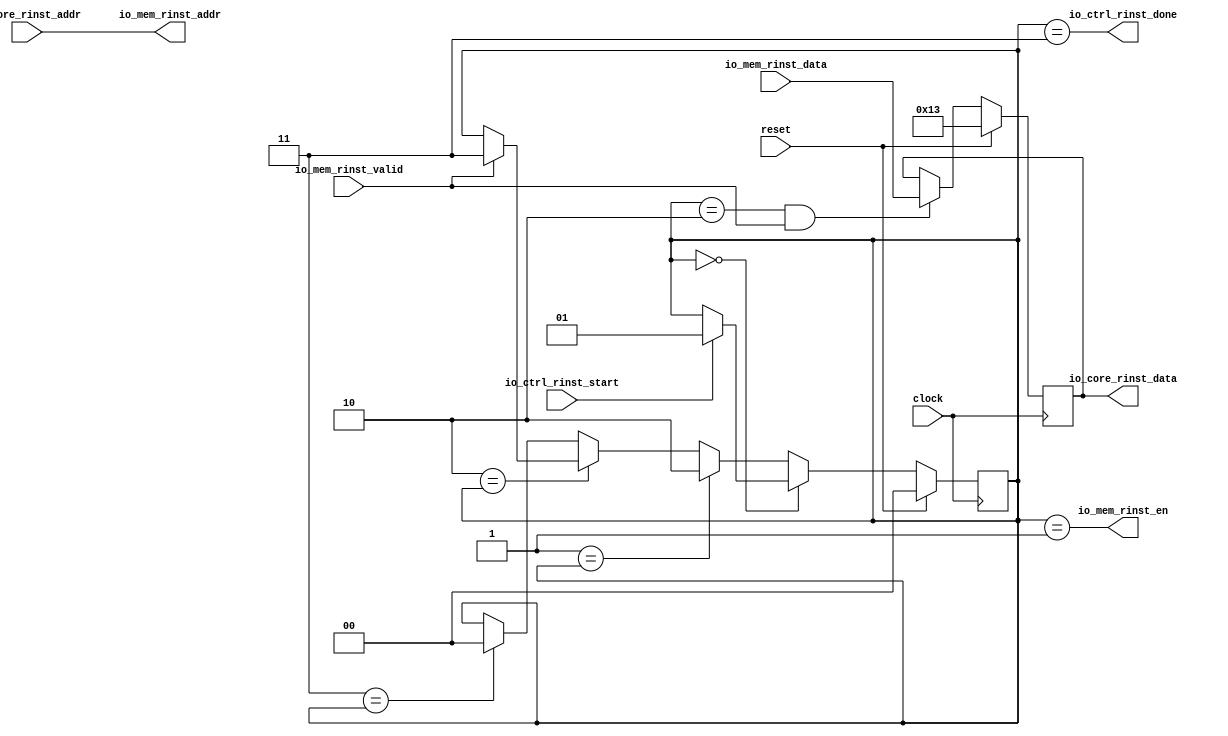
module InstRead(
  input         clock,
  input         reset,
  input         io_ctrl_rinst_start,
  output        io_ctrl_rinst_done,
  input  [31:0] io_core_rinst_addr,
  output [31:0] io_core_rinst_data,
  output        io_mem_rinst_en,
  output [31:0] io_mem_rinst_addr,
  input         io_mem_rinst_valid,
  input  [31:0] io_mem_rinst_data
);
`ifdef RANDOMIZE_REG_INIT
  reg [31:0] _RAND_0;
  reg [31:0] _RAND_1;
`endif // RANDOMIZE_REG_INIT
  reg [1:0] reg_state; // @[InstRead.scala 25:26]
  reg [31:0] reg_inst; // @[InstRead.scala 26:26]
  wire [1:0] _GEN_1 = io_mem_rinst_valid ? 2'h3 : reg_state; // @[InstRead.scala 25:26 40:{32,43}]
  wire [1:0] _GEN_2 = 2'h3 == reg_state ? 2'h0 : reg_state; // @[InstRead.scala 29:3 44:17 25:26]
  wire  _T_5 = reg_state == 2'h2 & io_mem_rinst_valid; // @[InstRead.scala 48:29]
  assign io_ctrl_rinst_done = reg_state == 2'h3; // @[InstRead.scala 55:36]
  assign io_core_rinst_data = reg_inst; // @[InstRead.scala 62:22]
  assign io_mem_rinst_en = reg_state == 2'h1; // @[InstRead.scala 58:36]
  assign io_mem_rinst_addr = io_core_rinst_addr; // @[InstRead.scala 59:22]
  always @(posedge clock) begin
    if (reset) begin // @[InstRead.scala 25:26]
      reg_state <= 2'h0; // @[InstRead.scala 25:26]
    end else if (2'h0 == reg_state) begin // @[InstRead.scala 29:3]
      if (io_ctrl_rinst_start) begin // @[InstRead.scala 32:33]
        reg_state <= 2'h1; // @[InstRead.scala 32:44]
      end
    end else if (2'h1 == reg_state) begin // @[InstRead.scala 29:3]
      reg_state <= 2'h2; // @[InstRead.scala 36:17]
    end else if (2'h2 == reg_state) begin // @[InstRead.scala 29:3]
      reg_state <= _GEN_1;
    end else begin
      reg_state <= _GEN_2;
    end
    if (reset) begin // @[InstRead.scala 26:26]
      reg_inst <= 32'h13; // @[InstRead.scala 26:26]
    end else if (_T_5) begin // @[InstRead.scala 49:3]
      reg_inst <= io_mem_rinst_data; // @[InstRead.scala 50:14]
    end
  end
// Register and memory initialization
`ifdef RANDOMIZE_GARBAGE_ASSIGN
`define RANDOMIZE
`endif
`ifdef RANDOMIZE_INVALID_ASSIGN
`define RANDOMIZE
`endif
`ifdef RANDOMIZE_REG_INIT
`define RANDOMIZE
`endif
`ifdef RANDOMIZE_MEM_INIT
`define RANDOMIZE
`endif
`ifndef RANDOM
`define RANDOM $random
`endif
`ifdef RANDOMIZE_MEM_INIT
  integer initvar;
`endif
`ifndef SYNTHESIS
`ifdef FIRRTL_BEFORE_INITIAL
`FIRRTL_BEFORE_INITIAL
`endif
initial begin
  `ifdef RANDOMIZE
    `ifdef INIT_RANDOM
      `INIT_RANDOM
    `endif
    `ifndef VERILATOR
      `ifdef RANDOMIZE_DELAY
        #`RANDOMIZE_DELAY begin end
      `else
        #0.002 begin end
      `endif
    `endif
`ifdef RANDOMIZE_REG_INIT
  _RAND_0 = {1{`RANDOM}};
  reg_state = _RAND_0[1:0];
  _RAND_1 = {1{`RANDOM}};
  reg_inst = _RAND_1[31:0];
`endif // RANDOMIZE_REG_INIT
  `endif // RANDOMIZE
end // initial
`ifdef FIRRTL_AFTER_INITIAL
`FIRRTL_AFTER_INITIAL
`endif
`endif // SYNTHESIS
endmodule
module DataRead(
  input         clock,
  input         reset,
  input         io_ctrl_rmem_start,
  output        io_ctrl_rmem_done,
  input  [31:0] io_core_rmem_addr,
  input  [2:0]  io_core_rmem_sel,
  output [63:0] io_core_rmem_data,
  output        io_mem_rmem_en,
  output [31:0] io_mem_rmem_addr,
  output [1:0]  io_mem_rmem_size,
  input         io_mem_rmem_valid,
  input  [63:0] io_mem_rmem_data
);
`ifdef RANDOMIZE_REG_INIT
  reg [31:0] _RAND_0;
  reg [63:0] _RAND_1;
`endif // RANDOMIZE_REG_INIT
  reg [1:0] reg_state; // @[DataRead.scala 26:26]
  reg [63:0] reg_data; // @[DataRead.scala 27:26]
  wire [1:0] _GEN_1 = io_mem_rmem_valid ? 2'h3 : reg_state; // @[DataRead.scala 26:26 41:{31,42}]
  wire [1:0] _GEN_2 = 2'h3 == reg_state ? 2'h0 : reg_state; // @[DataRead.scala 30:3 45:17 26:26]
  wire  _T_5 = reg_state == 2'h2 & io_mem_rmem_valid; // @[DataRead.scala 49:29]
  wire  _io_mem_rmem_size_T = io_core_rmem_sel == 3'h0; // @[DataRead.scala 63:43]
  wire  _io_mem_rmem_size_T_1 = io_core_rmem_sel == 3'h4; // @[DataRead.scala 63:75]
  wire  _io_mem_rmem_size_T_2 = io_core_rmem_sel == 3'h0 | io_core_rmem_sel == 3'h4; // @[DataRead.scala 63:55]
  wire  _io_mem_rmem_size_T_3 = io_core_rmem_sel == 3'h1; // @[DataRead.scala 64:43]
  wire  _io_mem_rmem_size_T_4 = io_core_rmem_sel == 3'h5; // @[DataRead.scala 64:75]
  wire  _io_mem_rmem_size_T_5 = io_core_rmem_sel == 3'h1 | io_core_rmem_sel == 3'h5; // @[DataRead.scala 64:55]
  wire  _io_mem_rmem_size_T_6 = io_core_rmem_sel == 3'h2; // @[DataRead.scala 65:43]
  wire  _io_mem_rmem_size_T_7 = io_core_rmem_sel == 3'h6; // @[DataRead.scala 65:75]
  wire  _io_mem_rmem_size_T_8 = io_core_rmem_sel == 3'h2 | io_core_rmem_sel == 3'h6; // @[DataRead.scala 65:55]
  wire  _io_mem_rmem_size_T_9 = io_core_rmem_sel == 3'h3; // @[DataRead.scala 66:43]
  wire [1:0] _io_mem_rmem_size_T_10 = _io_mem_rmem_size_T_9 ? 2'h3 : 2'h0; // @[Mux.scala 101:16]
  wire [1:0] _io_mem_rmem_size_T_11 = _io_mem_rmem_size_T_8 ? 2'h2 : _io_mem_rmem_size_T_10; // @[Mux.scala 101:16]
  wire [1:0] _io_mem_rmem_size_T_12 = _io_mem_rmem_size_T_5 ? 2'h1 : _io_mem_rmem_size_T_11; // @[Mux.scala 101:16]
  wire [55:0] _io_core_rmem_data_T_3 = reg_data[7] ? 56'hffffffffffffff : 56'h0; // @[Bitwise.scala 74:12]
  wire [63:0] _io_core_rmem_data_T_5 = {_io_core_rmem_data_T_3,reg_data[7:0]}; // @[Cat.scala 31:58]
  wire [47:0] _io_core_rmem_data_T_9 = reg_data[15] ? 48'hffffffffffff : 48'h0; // @[Bitwise.scala 74:12]
  wire [63:0] _io_core_rmem_data_T_11 = {_io_core_rmem_data_T_9,reg_data[15:0]}; // @[Cat.scala 31:58]
  wire [31:0] _io_core_rmem_data_T_15 = reg_data[31] ? 32'hffffffff : 32'h0; // @[Bitwise.scala 74:12]
  wire [63:0] _io_core_rmem_data_T_17 = {_io_core_rmem_data_T_15,reg_data[31:0]}; // @[Cat.scala 31:58]
  wire [63:0] _io_core_rmem_data_T_22 = {56'h0,reg_data[7:0]}; // @[Cat.scala 31:58]
  wire [63:0] _io_core_rmem_data_T_26 = {48'h0,reg_data[15:0]}; // @[Cat.scala 31:58]
  wire [63:0] _io_core_rmem_data_T_30 = {32'h0,reg_data[31:0]}; // @[Cat.scala 31:58]
  wire [63:0] _io_core_rmem_data_T_31 = _io_mem_rmem_size_T_7 ? _io_core_rmem_data_T_30 : 64'h0; // @[Mux.scala 101:16]
  wire [63:0] _io_core_rmem_data_T_32 = _io_mem_rmem_size_T_4 ? _io_core_rmem_data_T_26 : _io_core_rmem_data_T_31; // @[Mux.scala 101:16]
  wire [63:0] _io_core_rmem_data_T_33 = _io_mem_rmem_size_T_1 ? _io_core_rmem_data_T_22 : _io_core_rmem_data_T_32; // @[Mux.scala 101:16]
  wire [63:0] _io_core_rmem_data_T_34 = _io_mem_rmem_size_T_9 ? reg_data : _io_core_rmem_data_T_33; // @[Mux.scala 101:16]
  wire [63:0] _io_core_rmem_data_T_35 = _io_mem_rmem_size_T_6 ? _io_core_rmem_data_T_17 : _io_core_rmem_data_T_34; // @[Mux.scala 101:16]
  wire [63:0] _io_core_rmem_data_T_36 = _io_mem_rmem_size_T_3 ? _io_core_rmem_data_T_11 : _io_core_rmem_data_T_35; // @[Mux.scala 101:16]
  assign io_ctrl_rmem_done = reg_state == 2'h3; // @[DataRead.scala 56:35]
  assign io_core_rmem_data = _io_mem_rmem_size_T ? _io_core_rmem_data_T_5 : _io_core_rmem_data_T_36; // @[Mux.scala 101:16]
  assign io_mem_rmem_en = reg_state == 2'h1; // @[DataRead.scala 59:32]
  assign io_mem_rmem_addr = io_core_rmem_addr; // @[DataRead.scala 60:20]
  assign io_mem_rmem_size = _io_mem_rmem_size_T_2 ? 2'h0 : _io_mem_rmem_size_T_12; // @[Mux.scala 101:16]
  always @(posedge clock) begin
    if (reset) begin // @[DataRead.scala 26:26]
      reg_state <= 2'h0; // @[DataRead.scala 26:26]
    end else if (2'h0 == reg_state) begin // @[DataRead.scala 30:3]
      if (io_ctrl_rmem_start) begin // @[DataRead.scala 33:32]
        reg_state <= 2'h1; // @[DataRead.scala 33:43]
      end
    end else if (2'h1 == reg_state) begin // @[DataRead.scala 30:3]
      reg_state <= 2'h2; // @[DataRead.scala 37:17]
    end else if (2'h2 == reg_state) begin // @[DataRead.scala 30:3]
      reg_state <= _GEN_1;
    end else begin
      reg_state <= _GEN_2;
    end
    if (reset) begin // @[DataRead.scala 27:26]
      reg_data <= 64'h0; // @[DataRead.scala 27:26]
    end else if (_T_5) begin // @[DataRead.scala 50:3]
      reg_data <= io_mem_rmem_data; // @[DataRead.scala 51:14]
    end
  end
// Register and memory initialization
`ifdef RANDOMIZE_GARBAGE_ASSIGN
`define RANDOMIZE
`endif
`ifdef RANDOMIZE_INVALID_ASSIGN
`define RANDOMIZE
`endif
`ifdef RANDOMIZE_REG_INIT
`define RANDOMIZE
`endif
`ifdef RANDOMIZE_MEM_INIT
`define RANDOMIZE
`endif
`ifndef RANDOM
`define RANDOM $random
`endif
`ifdef RANDOMIZE_MEM_INIT
  integer initvar;
`endif
`ifndef SYNTHESIS
`ifdef FIRRTL_BEFORE_INITIAL
`FIRRTL_BEFORE_INITIAL
`endif
initial begin
  `ifdef RANDOMIZE
    `ifdef INIT_RANDOM
      `INIT_RANDOM
    `endif
    `ifndef VERILATOR
      `ifdef RANDOMIZE_DELAY
        #`RANDOMIZE_DELAY begin end
      `else
        #0.002 begin end
      `endif
    `endif
`ifdef RANDOMIZE_REG_INIT
  _RAND_0 = {1{`RANDOM}};
  reg_state = _RAND_0[1:0];
  _RAND_1 = {2{`RANDOM}};
  reg_data = _RAND_1[63:0];
`endif // RANDOMIZE_REG_INIT
  `endif // RANDOMIZE
end // initial
`ifdef FIRRTL_AFTER_INITIAL
`FIRRTL_AFTER_INITIAL
`endif
`endif // SYNTHESIS
endmodule
module DataWrite(
  input         clock,
  input         reset,
  input         io_ctrl_wmem_start,
  output        io_ctrl_wmem_done,
  input  [31:0] io_core_wmem_addr,
  input  [1:0]  io_core_wmem_sel,
  input  [63:0] io_core_wmem_data,
  output        io_mem_wmem_en,
  output [31:0] io_mem_wmem_addr,
  output [1:0]  io_mem_wmem_size,
  output [63:0] io_mem_wmem_data,
  input         io_mem_wmem_valid
);
`ifdef RANDOMIZE_REG_INIT
  reg [31:0] _RAND_0;
`endif // RANDOMIZE_REG_INIT
  reg [1:0] reg_state; // @[DataWrite.scala 28:26]
  wire [1:0] _GEN_1 = io_mem_wmem_valid ? 2'h3 : reg_state; // @[DataWrite.scala 28:26 42:{31,42}]
  wire [1:0] _GEN_2 = 2'h3 == reg_state ? 2'h0 : reg_state; // @[DataWrite.scala 31:3 46:17 28:26]
  wire  _io_mem_wmem_size_T = io_core_wmem_sel == 2'h0; // @[DataWrite.scala 59:43]
  wire  _io_mem_wmem_size_T_1 = io_core_wmem_sel == 2'h1; // @[DataWrite.scala 60:43]
  wire  _io_mem_wmem_size_T_2 = io_core_wmem_sel == 2'h2; // @[DataWrite.scala 61:43]
  wire  _io_mem_wmem_size_T_3 = io_core_wmem_sel == 2'h3; // @[DataWrite.scala 62:43]
  wire [1:0] _io_mem_wmem_size_T_4 = _io_mem_wmem_size_T_3 ? 2'h3 : 2'h0; // @[Mux.scala 101:16]
  wire [1:0] _io_mem_wmem_size_T_5 = _io_mem_wmem_size_T_2 ? 2'h2 : _io_mem_wmem_size_T_4; // @[Mux.scala 101:16]
  wire [1:0] _io_mem_wmem_size_T_6 = _io_mem_wmem_size_T_1 ? 2'h1 : _io_mem_wmem_size_T_5; // @[Mux.scala 101:16]
  assign io_ctrl_wmem_done = reg_state == 2'h3; // @[DataWrite.scala 52:35]
  assign io_mem_wmem_en = reg_state == 2'h1; // @[DataWrite.scala 55:32]
  assign io_mem_wmem_addr = io_core_wmem_addr; // @[DataWrite.scala 56:20]
  assign io_mem_wmem_size = _io_mem_wmem_size_T ? 2'h0 : _io_mem_wmem_size_T_6; // @[Mux.scala 101:16]
  assign io_mem_wmem_data = io_core_wmem_data; // @[DataWrite.scala 64:20]
  always @(posedge clock) begin
    if (reset) begin // @[DataWrite.scala 28:26]
      reg_state <= 2'h0; // @[DataWrite.scala 28:26]
    end else if (2'h0 == reg_state) begin // @[DataWrite.scala 31:3]
      if (io_ctrl_wmem_start) begin // @[DataWrite.scala 34:32]
        reg_state <= 2'h1; // @[DataWrite.scala 34:43]
      end
    end else if (2'h1 == reg_state) begin // @[DataWrite.scala 31:3]
      reg_state <= 2'h2; // @[DataWrite.scala 38:17]
    end else if (2'h2 == reg_state) begin // @[DataWrite.scala 31:3]
      reg_state <= _GEN_1;
    end else begin
      reg_state <= _GEN_2;
    end
  end
// Register and memory initialization
`ifdef RANDOMIZE_GARBAGE_ASSIGN
`define RANDOMIZE
`endif
`ifdef RANDOMIZE_INVALID_ASSIGN
`define RANDOMIZE
`endif
`ifdef RANDOMIZE_REG_INIT
`define RANDOMIZE
`endif
`ifdef RANDOMIZE_MEM_INIT
`define RANDOMIZE
`endif
`ifndef RANDOM
`define RANDOM $random
`endif
`ifdef RANDOMIZE_MEM_INIT
  integer initvar;
`endif
`ifndef SYNTHESIS
`ifdef FIRRTL_BEFORE_INITIAL
`FIRRTL_BEFORE_INITIAL
`endif
initial begin
  `ifdef RANDOMIZE
    `ifdef INIT_RANDOM
      `INIT_RANDOM
    `endif
    `ifndef VERILATOR
      `ifdef RANDOMIZE_DELAY
        #`RANDOMIZE_DELAY begin end
      `else
        #0.002 begin end
      `endif
    `endif
`ifdef RANDOMIZE_REG_INIT
  _RAND_0 = {1{`RANDOM}};
  reg_state = _RAND_0[1:0];
`endif // RANDOMIZE_REG_INIT
  `endif // RANDOMIZE
end // initial
`ifdef FIRRTL_AFTER_INITIAL
`FIRRTL_AFTER_INITIAL
`endif
`endif // SYNTHESIS
endmodule
module Check(
  output [4:0] io_ctrl_flush,
  output [4:0] io_ctrl_hold,
  input  [4:0] io_dec_rs1,
  input  [4:0] io_dec_rs2,
  input        io_dec_rs1_en,
  input        io_dec_rs2_en,
  input        io_exe_wreg_en,
  input  [4:0] io_exe_rd,
  input        io_mem_wreg_en,
  input  [4:0] io_mem_rd,
  input        io_mem_rmem_en,
  input        io_jmp_en
);
  wire  _io_ctrl_flush_T_1 = io_exe_rd != 5'h0; // @[Check.scala 28:68]
  wire  _io_ctrl_flush_T_4 = io_exe_wreg_en & io_dec_rs1_en & io_exe_rd != 5'h0 & io_exe_rd == io_dec_rs1; // @[Check.scala 28:76]
  wire  _io_ctrl_flush_T_9 = io_exe_wreg_en & io_dec_rs2_en & _io_ctrl_flush_T_1 & io_exe_rd == io_dec_rs2; // @[Check.scala 29:76]
  wire  _io_ctrl_flush_T_10 = io_mem_wreg_en & io_mem_rmem_en; // @[Check.scala 30:37]
  wire  _io_ctrl_flush_T_12 = io_mem_rd != 5'h0; // @[Check.scala 30:85]
  wire  _io_ctrl_flush_T_15 = io_mem_wreg_en & io_mem_rmem_en & io_dec_rs1_en & io_mem_rd != 5'h0 & io_mem_rd ==
    io_dec_rs1; // @[Check.scala 30:93]
  wire  _io_ctrl_flush_T_21 = _io_ctrl_flush_T_10 & io_dec_rs2_en & _io_ctrl_flush_T_12 & io_mem_rd == io_dec_rs2; // @[Check.scala 31:93]
  wire [3:0] _io_ctrl_flush_T_22 = io_jmp_en ? 4'h8 : 4'h0; // @[Mux.scala 101:16]
  wire [3:0] _io_ctrl_flush_T_23 = _io_ctrl_flush_T_21 ? 4'h4 : _io_ctrl_flush_T_22; // @[Mux.scala 101:16]
  wire [3:0] _io_ctrl_flush_T_24 = _io_ctrl_flush_T_15 ? 4'h4 : _io_ctrl_flush_T_23; // @[Mux.scala 101:16]
  wire [3:0] _io_ctrl_flush_T_25 = _io_ctrl_flush_T_9 ? 4'h4 : _io_ctrl_flush_T_24; // @[Mux.scala 101:16]
  wire [3:0] _io_ctrl_flush_T_26 = _io_ctrl_flush_T_4 ? 4'h4 : _io_ctrl_flush_T_25; // @[Mux.scala 101:16]
  wire [4:0] _io_ctrl_hold_T_22 = _io_ctrl_flush_T_21 ? 5'h18 : 5'h0; // @[Mux.scala 101:16]
  wire [4:0] _io_ctrl_hold_T_23 = _io_ctrl_flush_T_15 ? 5'h18 : _io_ctrl_hold_T_22; // @[Mux.scala 101:16]
  wire [4:0] _io_ctrl_hold_T_24 = _io_ctrl_flush_T_9 ? 5'h18 : _io_ctrl_hold_T_23; // @[Mux.scala 101:16]
  assign io_ctrl_flush = {{1'd0}, _io_ctrl_flush_T_26}; // @[Check.scala 26:17]
  assign io_ctrl_hold = _io_ctrl_flush_T_4 ? 5'h18 : _io_ctrl_hold_T_24; // @[Mux.scala 101:16]
endmodule



module coreCtrl(
  input         clock,
  input         reset,
  input  [31:0] io_Core_inst_addr,
  output [31:0] io_Core_inst,
  input         io_Core_rmem_en,
  input  [2:0]  io_Core_rmem_sel,
  input  [31:0] io_Core_rmem_addr,
  output [63:0] io_Core_rmem_data,
  input         io_Core_wmem_en,
  input  [1:0]  io_Core_wmem_sel,
  input  [31:0] io_Core_wmem_addr,
  input  [63:0] io_Core_wmem_data,
  output [4:0]  io_Core_ctrl_flush,
  output [4:0]  io_Core_ctrl_hold,
  input  [4:0]  io_Core_dec_rs1,
  input  [4:0]  io_Core_dec_rs2,
  input         io_Core_dec_rs1_en,
  input         io_Core_dec_rs2_en,
  input         io_Core_exe_wreg_en,
  input  [4:0]  io_Core_exe_rd,
  input         io_Core_mem_wreg_en,
  input  [4:0]  io_Core_mem_rd,
  input         io_Core_jmp_en,
  output        io_Mem_mem_rinst_en,
  output [31:0] io_Mem_mem_rinst_addr,
  input         io_Mem_mem_rinst_valid,
  input  [31:0] io_Mem_mem_rinst_data,
  output        io_Mem_mem_rmem_en,
  output [31:0] io_Mem_mem_rmem_addr,
  output [1:0]  io_Mem_mem_rmem_size,
  input         io_Mem_mem_rmem_valid,
  input  [63:0] io_Mem_mem_rmem_data,
  output        io_Mem_mem_wmem_en,
  output [31:0] io_Mem_mem_wmem_addr,
  output [1:0]  io_Mem_mem_wmem_size,
  output [63:0] io_Mem_mem_wmem_data,
  input         io_Mem_mem_wmem_valid
);
`ifdef RANDOMIZE_REG_INIT
  reg [31:0] _RAND_0;
`endif // RANDOMIZE_REG_INIT
  wire  RInst_clock; // @[coreCtrl.scala 43:21]
  wire  RInst_reset; // @[coreCtrl.scala 43:21]
  wire  RInst_io_ctrl_rinst_start; // @[coreCtrl.scala 43:21]
  wire  RInst_io_ctrl_rinst_done; // @[coreCtrl.scala 43:21]
  wire [31:0] RInst_io_core_rinst_addr; // @[coreCtrl.scala 43:21]
  wire [31:0] RInst_io_core_rinst_data; // @[coreCtrl.scala 43:21]
  wire  RInst_io_mem_rinst_en; // @[coreCtrl.scala 43:21]
  wire [31:0] RInst_io_mem_rinst_addr; // @[coreCtrl.scala 43:21]
  wire  RInst_io_mem_rinst_valid; // @[coreCtrl.scala 43:21]
  wire [31:0] RInst_io_mem_rinst_data; // @[coreCtrl.scala 43:21]
  wire  RMem_clock; // @[coreCtrl.scala 44:21]
  wire  RMem_reset; // @[coreCtrl.scala 44:21]
  wire  RMem_io_ctrl_rmem_start; // @[coreCtrl.scala 44:21]
  wire  RMem_io_ctrl_rmem_done; // @[coreCtrl.scala 44:21]
  wire [31:0] RMem_io_core_rmem_addr; // @[coreCtrl.scala 44:21]
  wire [2:0] RMem_io_core_rmem_sel; // @[coreCtrl.scala 44:21]
  wire [63:0] RMem_io_core_rmem_data; // @[coreCtrl.scala 44:21]
  wire  RMem_io_mem_rmem_en; // @[coreCtrl.scala 44:21]
  wire [31:0] RMem_io_mem_rmem_addr; // @[coreCtrl.scala 44:21]
  wire [1:0] RMem_io_mem_rmem_size; // @[coreCtrl.scala 44:21]
  wire  RMem_io_mem_rmem_valid; // @[coreCtrl.scala 44:21]
  wire [63:0] RMem_io_mem_rmem_data; // @[coreCtrl.scala 44:21]
  wire  WMem_clock; // @[coreCtrl.scala 45:21]
  wire  WMem_reset; // @[coreCtrl.scala 45:21]
  wire  WMem_io_ctrl_wmem_start; // @[coreCtrl.scala 45:21]
  wire  WMem_io_ctrl_wmem_done; // @[coreCtrl.scala 45:21]
  wire [31:0] WMem_io_core_wmem_addr; // @[coreCtrl.scala 45:21]
  wire [1:0] WMem_io_core_wmem_sel; // @[coreCtrl.scala 45:21]
  wire [63:0] WMem_io_core_wmem_data; // @[coreCtrl.scala 45:21]
  wire  WMem_io_mem_wmem_en; // @[coreCtrl.scala 45:21]
  wire [31:0] WMem_io_mem_wmem_addr; // @[coreCtrl.scala 45:21]
  wire [1:0] WMem_io_mem_wmem_size; // @[coreCtrl.scala 45:21]
  wire [63:0] WMem_io_mem_wmem_data; // @[coreCtrl.scala 45:21]
  wire  WMem_io_mem_wmem_valid; // @[coreCtrl.scala 45:21]
  wire [4:0] Check_io_ctrl_flush; // @[coreCtrl.scala 46:21]
  wire [4:0] Check_io_ctrl_hold; // @[coreCtrl.scala 46:21]
  wire [4:0] Check_io_dec_rs1; // @[coreCtrl.scala 46:21]
  wire [4:0] Check_io_dec_rs2; // @[coreCtrl.scala 46:21]
  wire  Check_io_dec_rs1_en; // @[coreCtrl.scala 46:21]
  wire  Check_io_dec_rs2_en; // @[coreCtrl.scala 46:21]
  wire  Check_io_exe_wreg_en; // @[coreCtrl.scala 46:21]
  wire [4:0] Check_io_exe_rd; // @[coreCtrl.scala 46:21]
  wire  Check_io_mem_wreg_en; // @[coreCtrl.scala 46:21]
  wire [4:0] Check_io_mem_rd; // @[coreCtrl.scala 46:21]
  wire  Check_io_mem_rmem_en; // @[coreCtrl.scala 46:21]
  wire  Check_io_jmp_en; // @[coreCtrl.scala 46:21]
  reg [2:0] reg_state; // @[coreCtrl.scala 48:26]
  wire [2:0] _reg_state_T = io_Core_wmem_en ? 3'h5 : 3'h7; // @[Mux.scala 101:16]
  wire [2:0] _reg_state_T_1 = io_Core_rmem_en ? 3'h3 : _reg_state_T; // @[Mux.scala 101:16]
  wire [2:0] _GEN_0 = RInst_io_ctrl_rinst_done ? _reg_state_T_1 : reg_state; // @[coreCtrl.scala 63:7 64:19 48:26]
  wire [2:0] _GEN_1 = RMem_io_ctrl_rmem_done ? 3'h7 : reg_state; // @[coreCtrl.scala 48:26 78:{36,47}]
  wire [2:0] _GEN_2 = WMem_io_ctrl_wmem_done ? 3'h7 : reg_state; // @[coreCtrl.scala 48:26 87:{36,47}]
  wire [2:0] _GEN_3 = 3'h7 == reg_state ? 3'h1 : reg_state; // @[coreCtrl.scala 50:3 92:17 48:26]
  wire [2:0] _GEN_4 = 3'h6 == reg_state ? _GEN_2 : _GEN_3; // @[coreCtrl.scala 50:3]
  wire [2:0] _GEN_5 = 3'h5 == reg_state ? 3'h6 : _GEN_4; // @[coreCtrl.scala 50:3 83:17]
  wire [2:0] _GEN_6 = 3'h4 == reg_state ? _GEN_1 : _GEN_5; // @[coreCtrl.scala 50:3]
  wire [2:0] _GEN_7 = 3'h3 == reg_state ? 3'h4 : _GEN_6; // @[coreCtrl.scala 50:3 74:17]
  wire  _io_Core_ctrl_flush_T = reg_state == 3'h7; // @[coreCtrl.scala 130:44]
  InstRead RInst ( // @[coreCtrl.scala 43:21]
    .clock(RInst_clock),
    .reset(RInst_reset),
    .io_ctrl_rinst_start(RInst_io_ctrl_rinst_start),
    .io_ctrl_rinst_done(RInst_io_ctrl_rinst_done),
    .io_core_rinst_addr(RInst_io_core_rinst_addr),
    .io_core_rinst_data(RInst_io_core_rinst_data),
    .io_mem_rinst_en(RInst_io_mem_rinst_en),
    .io_mem_rinst_addr(RInst_io_mem_rinst_addr),
    .io_mem_rinst_valid(RInst_io_mem_rinst_valid),
    .io_mem_rinst_data(RInst_io_mem_rinst_data)
  );
  DataRead RMem ( // @[coreCtrl.scala 44:21]
    .clock(RMem_clock),
    .reset(RMem_reset),
    .io_ctrl_rmem_start(RMem_io_ctrl_rmem_start),
    .io_ctrl_rmem_done(RMem_io_ctrl_rmem_done),
    .io_core_rmem_addr(RMem_io_core_rmem_addr),
    .io_core_rmem_sel(RMem_io_core_rmem_sel),
    .io_core_rmem_data(RMem_io_core_rmem_data),
    .io_mem_rmem_en(RMem_io_mem_rmem_en),
    .io_mem_rmem_addr(RMem_io_mem_rmem_addr),
    .io_mem_rmem_size(RMem_io_mem_rmem_size),
    .io_mem_rmem_valid(RMem_io_mem_rmem_valid),
    .io_mem_rmem_data(RMem_io_mem_rmem_data)
  );
  DataWrite WMem ( // @[coreCtrl.scala 45:21]
    .clock(WMem_clock),
    .reset(WMem_reset),
    .io_ctrl_wmem_start(WMem_io_ctrl_wmem_start),
    .io_ctrl_wmem_done(WMem_io_ctrl_wmem_done),
    .io_core_wmem_addr(WMem_io_core_wmem_addr),
    .io_core_wmem_sel(WMem_io_core_wmem_sel),
    .io_core_wmem_data(WMem_io_core_wmem_data),
    .io_mem_wmem_en(WMem_io_mem_wmem_en),
    .io_mem_wmem_addr(WMem_io_mem_wmem_addr),
    .io_mem_wmem_size(WMem_io_mem_wmem_size),
    .io_mem_wmem_data(WMem_io_mem_wmem_data),
    .io_mem_wmem_valid(WMem_io_mem_wmem_valid)
  );
  Check Check ( // @[coreCtrl.scala 46:21]
    .io_ctrl_flush(Check_io_ctrl_flush),
    .io_ctrl_hold(Check_io_ctrl_hold),
    .io_dec_rs1(Check_io_dec_rs1),
    .io_dec_rs2(Check_io_dec_rs2),
    .io_dec_rs1_en(Check_io_dec_rs1_en),
    .io_dec_rs2_en(Check_io_dec_rs2_en),
    .io_exe_wreg_en(Check_io_exe_wreg_en),
    .io_exe_rd(Check_io_exe_rd),
    .io_mem_wreg_en(Check_io_mem_wreg_en),
    .io_mem_rd(Check_io_mem_rd),
    .io_mem_rmem_en(Check_io_mem_rmem_en),
    .io_jmp_en(Check_io_jmp_en)
  );
  assign io_Core_inst = RInst_io_core_rinst_data; // @[coreCtrl.scala 123:29]
  assign io_Core_rmem_data = RMem_io_core_rmem_data; // @[coreCtrl.scala 101:27]
  assign io_Core_ctrl_flush = reg_state == 3'h7 ? Check_io_ctrl_flush : 5'h0; // @[coreCtrl.scala 130:32]
  assign io_Core_ctrl_hold = _io_Core_ctrl_flush_T ? Check_io_ctrl_hold : 5'h1f; // @[coreCtrl.scala 131:32]
  assign io_Mem_mem_rinst_en = RInst_io_mem_rinst_en; // @[coreCtrl.scala 124:29]
  assign io_Mem_mem_rinst_addr = RInst_io_mem_rinst_addr; // @[coreCtrl.scala 125:29]
  assign io_Mem_mem_rmem_en = RMem_io_mem_rmem_en; // @[coreCtrl.scala 102:27]
  assign io_Mem_mem_rmem_addr = RMem_io_mem_rmem_addr; // @[coreCtrl.scala 103:27]
  assign io_Mem_mem_rmem_size = RMem_io_mem_rmem_size; // @[coreCtrl.scala 104:27]
  assign io_Mem_mem_wmem_en = WMem_io_mem_wmem_en; // @[coreCtrl.scala 114:27]
  assign io_Mem_mem_wmem_addr = WMem_io_mem_wmem_addr; // @[coreCtrl.scala 115:27]
  assign io_Mem_mem_wmem_size = WMem_io_mem_wmem_size; // @[coreCtrl.scala 116:27]
  assign io_Mem_mem_wmem_data = WMem_io_mem_wmem_data; // @[coreCtrl.scala 117:27]
  assign RInst_clock = clock;
  assign RInst_reset = reset;
  assign RInst_io_ctrl_rinst_start = reg_state == 3'h1; // @[coreCtrl.scala 121:44]
  assign RInst_io_core_rinst_addr = io_Core_inst_addr; // @[coreCtrl.scala 122:29]
  assign RInst_io_mem_rinst_valid = io_Mem_mem_rinst_valid; // @[coreCtrl.scala 126:29]
  assign RInst_io_mem_rinst_data = io_Mem_mem_rinst_data; // @[coreCtrl.scala 127:29]
  assign RMem_clock = clock;
  assign RMem_reset = reset;
  assign RMem_io_ctrl_rmem_start = reg_state == 3'h3; // @[coreCtrl.scala 98:42]
  assign RMem_io_core_rmem_addr = io_Core_rmem_addr; // @[coreCtrl.scala 99:27]
  assign RMem_io_core_rmem_sel = io_Core_rmem_sel; // @[coreCtrl.scala 100:27]
  assign RMem_io_mem_rmem_valid = io_Mem_mem_rmem_valid; // @[coreCtrl.scala 105:27]
  assign RMem_io_mem_rmem_data = io_Mem_mem_rmem_data; // @[coreCtrl.scala 106:27]
  assign WMem_clock = clock;
  assign WMem_reset = reset;
  assign WMem_io_ctrl_wmem_start = reg_state == 3'h5; // @[coreCtrl.scala 110:42]
  assign WMem_io_core_wmem_addr = io_Core_wmem_addr; // @[coreCtrl.scala 111:27]
  assign WMem_io_core_wmem_sel = io_Core_wmem_sel; // @[coreCtrl.scala 112:27]
  assign WMem_io_core_wmem_data = io_Core_wmem_data; // @[coreCtrl.scala 113:27]
  assign WMem_io_mem_wmem_valid = io_Mem_mem_wmem_valid; // @[coreCtrl.scala 118:27]
  assign Check_io_dec_rs1 = io_Core_dec_rs1; // @[coreCtrl.scala 132:25]
  assign Check_io_dec_rs2 = io_Core_dec_rs2; // @[coreCtrl.scala 133:25]
  assign Check_io_dec_rs1_en = io_Core_dec_rs1_en; // @[coreCtrl.scala 134:25]
  assign Check_io_dec_rs2_en = io_Core_dec_rs2_en; // @[coreCtrl.scala 135:25]
  assign Check_io_exe_wreg_en = io_Core_exe_wreg_en; // @[coreCtrl.scala 136:25]
  assign Check_io_exe_rd = io_Core_exe_rd; // @[coreCtrl.scala 137:25]
  assign Check_io_mem_wreg_en = io_Core_mem_wreg_en; // @[coreCtrl.scala 138:25]
  assign Check_io_mem_rd = io_Core_mem_rd; // @[coreCtrl.scala 139:25]
  assign Check_io_mem_rmem_en = io_Core_rmem_en; // @[coreCtrl.scala 140:25]
  assign Check_io_jmp_en = io_Core_jmp_en; // @[coreCtrl.scala 141:25]
  always @(posedge clock) begin
    if (reset) begin // @[coreCtrl.scala 48:26]
      reg_state <= 3'h0; // @[coreCtrl.scala 48:26]
    end else if (3'h0 == reg_state) begin // @[coreCtrl.scala 50:3]
      reg_state <= 3'h1; // @[coreCtrl.scala 53:17]
    end else if (3'h1 == reg_state) begin // @[coreCtrl.scala 50:3]
      reg_state <= 3'h2; // @[coreCtrl.scala 58:17]
    end else if (3'h2 == reg_state) begin // @[coreCtrl.scala 50:3]
      reg_state <= _GEN_0;
    end else begin
      reg_state <= _GEN_7;
    end
  end
// Register and memory initialization
`ifdef RANDOMIZE_GARBAGE_ASSIGN
`define RANDOMIZE
`endif
`ifdef RANDOMIZE_INVALID_ASSIGN
`define RANDOMIZE
`endif
`ifdef RANDOMIZE_REG_INIT
`define RANDOMIZE
`endif
`ifdef RANDOMIZE_MEM_INIT
`define RANDOMIZE
`endif
`ifndef RANDOM
`define RANDOM $random
`endif
`ifdef RANDOMIZE_MEM_INIT
  integer initvar;
`endif
`ifndef SYNTHESIS
`ifdef FIRRTL_BEFORE_INITIAL
`FIRRTL_BEFORE_INITIAL
`endif
initial begin
  `ifdef RANDOMIZE
    `ifdef INIT_RANDOM
      `INIT_RANDOM
    `endif
    `ifndef VERILATOR
      `ifdef RANDOMIZE_DELAY
        #`RANDOMIZE_DELAY begin end
      `else
        #0.002 begin end
      `endif
    `endif
`ifdef RANDOMIZE_REG_INIT
  _RAND_0 = {1{`RANDOM}};
  reg_state = _RAND_0[2:0];
`endif // RANDOMIZE_REG_INIT
  `endif // RANDOMIZE
end // initial
`ifdef FIRRTL_AFTER_INITIAL
`FIRRTL_AFTER_INITIAL
`endif
`endif // SYNTHESIS
endmodule